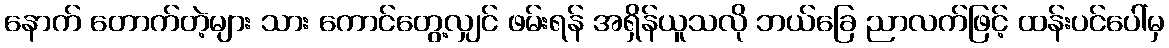
နောက် တောက်တဲ့များ သား ကောင်တွေ့လျှင် ဖမ်းရန် အရှိန်ယူသလို ဘယ်ခြေ ညာလက်ဖြင့် ထန်းပင်ပေါ်မှ